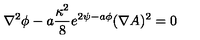
\nabla ^ { 2 } \phi - a { \frac { \kappa ^ { 2 } } { 8 } } e ^ { 2 \psi - a \phi } ( \nabla A ) ^ { 2 } = 0